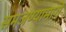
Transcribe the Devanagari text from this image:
समजण्यामागे